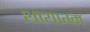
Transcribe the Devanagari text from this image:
थायाग्म